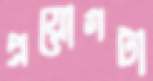
প্রয়োগটা